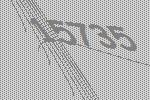
15735